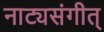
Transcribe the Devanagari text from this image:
नाट्यसंगीत्